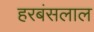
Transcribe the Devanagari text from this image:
हरबंसलाल